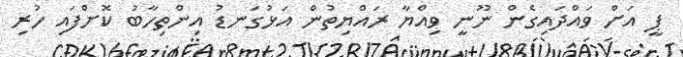
ޕީ އަށް ވައްދައިގެން ނޫނީ ވިއްޔާ ރައްޔިތުން އަޅުގަނޑު އިންތިހާބު ކޮށްފައި ހުރި